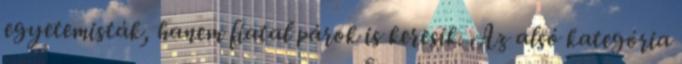
egyetemisták, hanem fiatal párok is keresik. Az alsó kategória